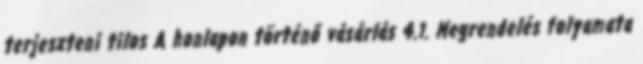
terjeszteni tilos A honlapon történő vásárlás 4.1. Megrendelés folyamata